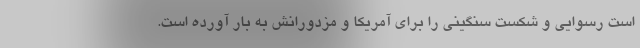
است رسوایی و شکست سنگینی را برای آمریکا و مزدورانش به بار آورده است.